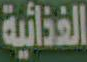
الغذائية